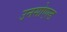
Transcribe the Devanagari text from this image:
उनसोएल्ड